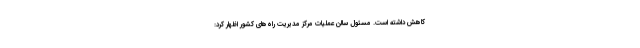
کاهش داشته است. مسئول سالن عملیات مرکز مدیریت راه‌های کشور اظهار کرد: